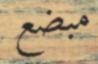
مبضع